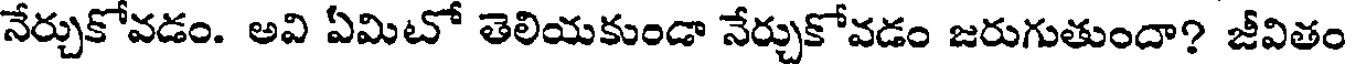
నేర్చుకోవడం. అవి ఏమిటో తెలియకుండా నేర్చుకోవడం జరుగుతుందా? జీవితం